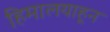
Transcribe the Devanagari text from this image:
हिमालयाहून